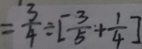
= \frac { 3 } { 4 } \div [ \frac { 3 } { 5 } + \frac { 1 } { 4 } ]